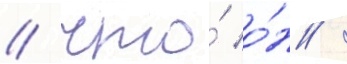
/ что́ о́н /